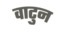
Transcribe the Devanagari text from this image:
वाटुन